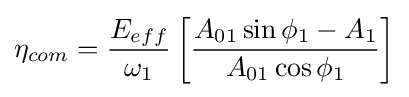
\eta _{com}={\frac {E_{eff}}{\omega _{1}}}\left[{\frac {A_{01}\sin {\phi _{1}}-A_{1}}{A_{01}\cos {\phi _{1}}}}\right]